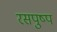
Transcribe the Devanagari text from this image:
रसपुष्प